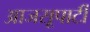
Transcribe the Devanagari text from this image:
आजसूपार्टी